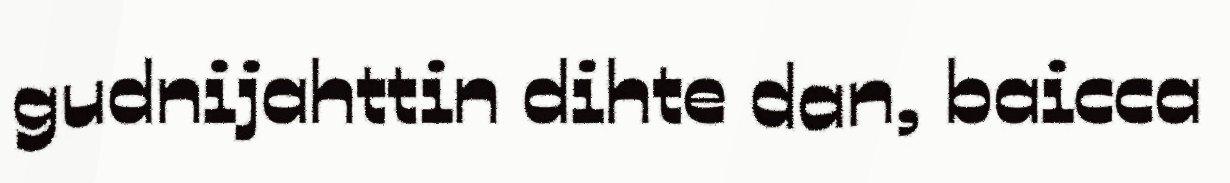
gudnijahttin dihte dan, baicca